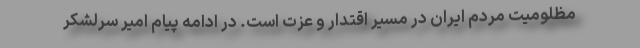
مظلومیت مردم ایران در مسیر اقتدار و عزت است. در ادامه پیام امیر سرلشکر